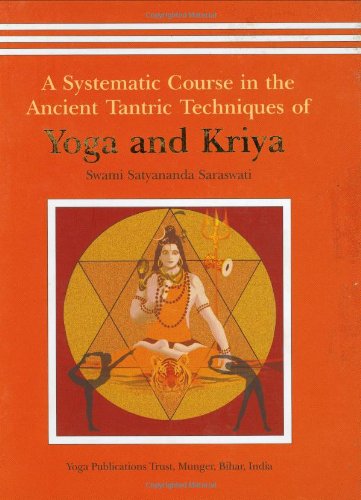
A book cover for A Systematic Course in the Ancient Tantric Techniques of Yoga and Kriya; Swami Satyananda Saraswati; Religion & Spirituality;